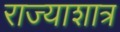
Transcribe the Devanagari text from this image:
राज्याशात्र